Code of medical and sanitary regulations for the guidance of medical officers serving in the Madras Presidency - Volume I
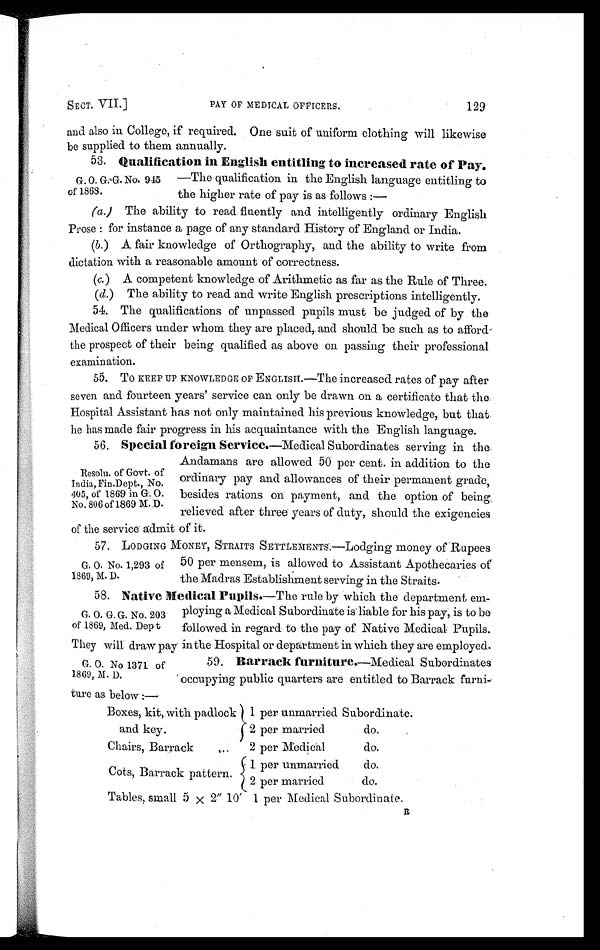
SECT. VII.]
PAY OF MEDICAL OFFICERS.
129
and also in College, if required. One suit of uniform clothing will likewise
be supplied to them annually.
53. Qualification in English entitling to increased rate of Pay.
—The qualification in the English language entitling to
the higher rate of pay is as follows :—
(a.) The ability to read fluently and intelligently ordinary English
Prose : for instance a page of any standard History of England or India.
(b.) A fair knowledge of Orthography, and the ability to write from
dictation with a reasonable amount of correctness.
(c.) A competent knowledge of Arithmetic as far as the Rule of Three.
(d.) The ability to read and write English prescriptions intelligently.
54. The qualifications of unpassed pupils must be judged of by the
Medical Officers under whom they are placed, and should be such as to afford-
the prospect of their being qualified as above on passing their professional
examination.
55. To KEEP UP KNOWLEDGE OF ENGLISH.—The increased rates of pay after
seven and fourteen years' service can only be drawn on a certificate that the
Hospital Assistant has not only maintained his previous knowledge, but that
lin has made fair progress in his acquaintance with the English lanauage.
56. Special foreign Services.— M e d i c a l S u b o r d i n a t e s s e r v i n g i n t h e
Andamans are allowed 50 per cent. in addition to the
ordinary pay and allowances of their permanent grade,
besides rations on payment, and the option of being
relieved after three years of duty, should the exigencies
of the Service admit of it.
57. LODGING MONEY, STRAITS SETTLEMENTS.—Lodging money of Rupees
50 per mensem, is allowed to Assistant Apothecaries of
the Madras Establishment serving in the Straits.
58. Native Medical Pupils.—The rule by which the department em-
ploying a Medical Subordinate is liable for his pay, is to be
followed in regard to the pay of Native Medical Pupils.
They will draw pay in the Hospital or department in which they are employed.
59. Barrack furniture.—Medical Subordinates
occupying public quarters are entitled to Barrack furni-
ture as below
Boxes, kit, with padlock
and key.
1 per unmarried Subordinate.
2 per married
do.
Chairs, Barrack ..
2 per Medical
do.
Cots, Barrack pattern.
1 per unmarried
do.
2 per married
do.
Tables. small 5 x 2" 10' 1 per Medical Subordinate.
G. O. G.G. No. 945
of 1868.
Resolu. of Govt. of
India, Fin.Dept., No.
405, of 1869 in G. O.
No. 806 of 1869 M. D.
G. O. No. 1,293 of
1869, M. D.
G. O. G. G. No. 203
of 1869, Med. Dept
G. O. No 1371 of
1869, M. D.